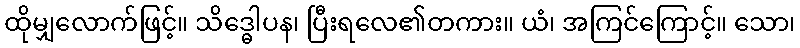
ထိုမျှလောက်ဖြင့်။ သိဒ္ဓေါပန၊ ပြီးရလေ၏တကား။ ယံ၊ အကြင်ကြောင့်။ သော၊